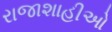
રાજાશાહીઓ